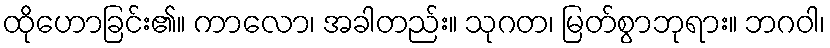
ထိုဟောခြင်း၏။ ကာလော၊ အခါတည်း။ သုဂတ၊ မြတ်စွာဘုရား။ ဘဂဝါ၊